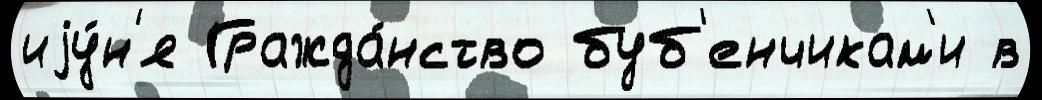
иjу́н'я Гражда́нство буб'енчикам'и в